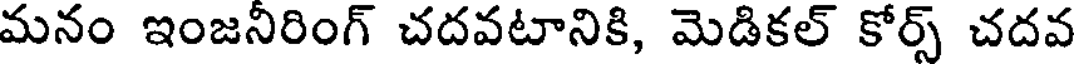
మనం ఇంజనీరింగ్ చదవటానికి, మెడికల్ కోర్స్ చదవ